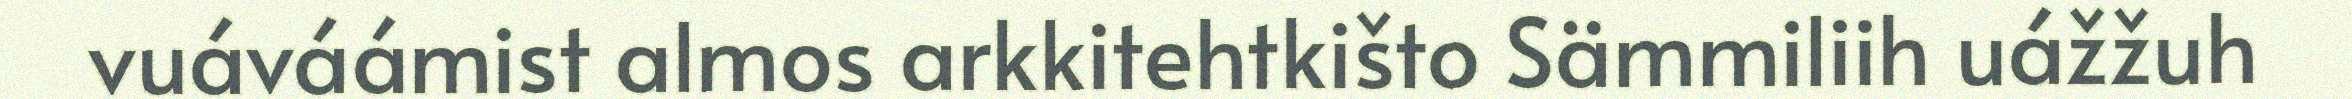
vuáváámist almos arkkitehtkišto Sämmiliih uážžuh